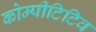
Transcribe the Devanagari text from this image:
कोम्पीटिटिव